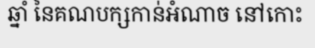
ឆ្នាំ នៃគណបក្សកាន់អំណាច នៅកោះ